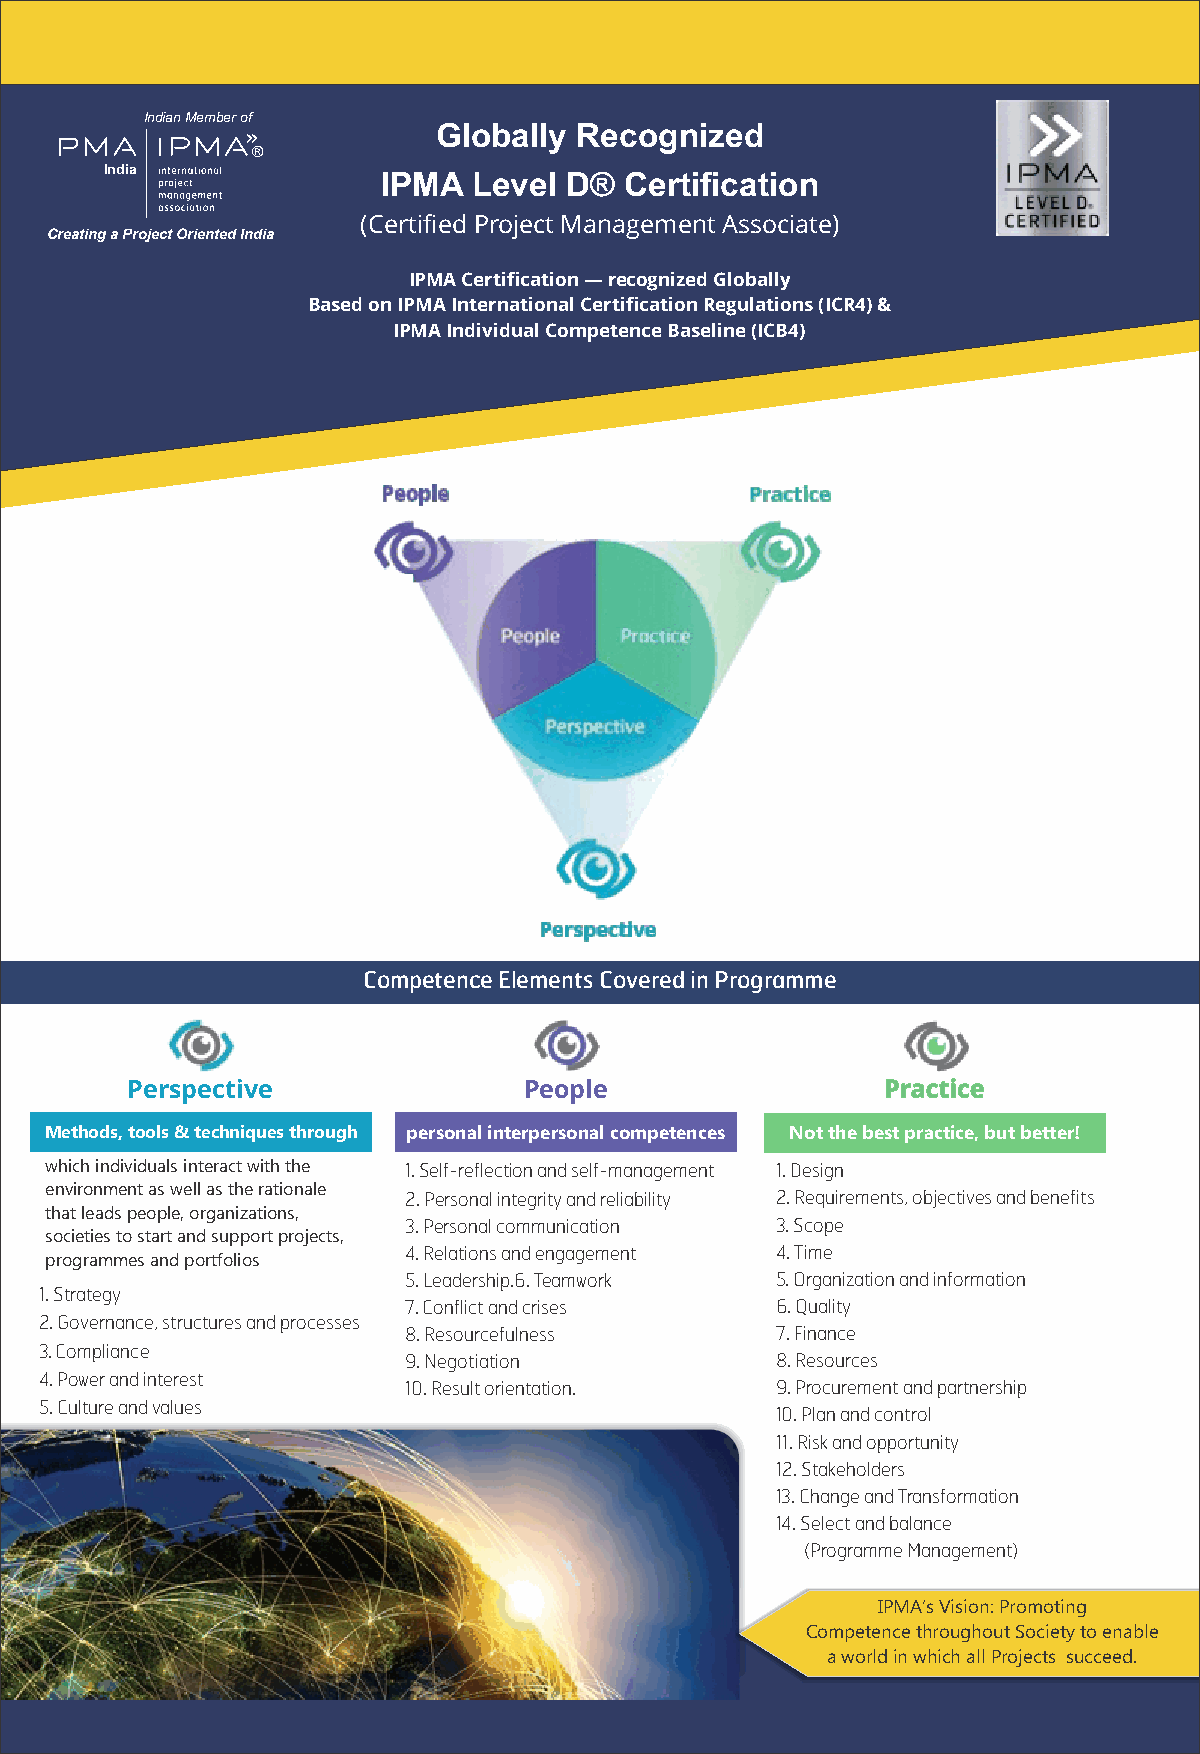
Indian Member of
 Globally Recognized
 ®
 India
 IPMA  Level  D® Certification
 (Certified Project Management Associate)
 Creating a Project Oriented India
 IPMA Certification — recognized Globally
 Based on IPMA International Certification Regulations (ICR4) &
 IPMA Individual Competence Baseline (ICB4)
 Competence Elements Covered in Programme
 Perspective                People                  Practice
 Methods, tools & techniques through personal interpersonal competences Not the best practice, but better!
 which individuals interact with the 1. Self-reflection and self-management 1. Design
 environment as well as the rationale
 2. Personal integrity and reliability 2. Requirements, objectives and benefits
 that leads people, organizations,
 3. Personal communication 3. Scope
 societies to start and support projects,
 4. Relations and engagement 4. Time
 programmes and portfolios
 5. Leadership.6. Teamwork 5. Organization and information
 1. Strategy
 7. Conflict and crises  6. Quality
 2. Governance, structures and processes
 8. Resourcefulness      7. Finance
 3. Compliance
 9. Negotiation          8. Resources
 4. Power and interest
 10. Result orientation. 9. Procurement and partnership
 5. Culture and values
 10. Plan and control
 11. Risk and opportunity
 12. Stakeholders
 13. Change and Transformation
 14. Select and balance
 (Programme Management)
 IPMA’s Vision: Promoting
 Competence throughout Society to enable
 a world in which all Projects succeed.